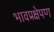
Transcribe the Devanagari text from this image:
भावप्रक्षेपण